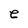
Character: e